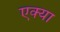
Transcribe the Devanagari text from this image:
एक्या